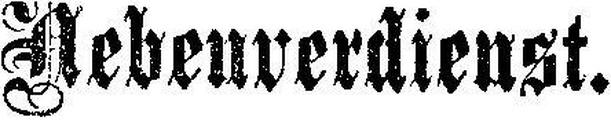
Nebenverdienst.